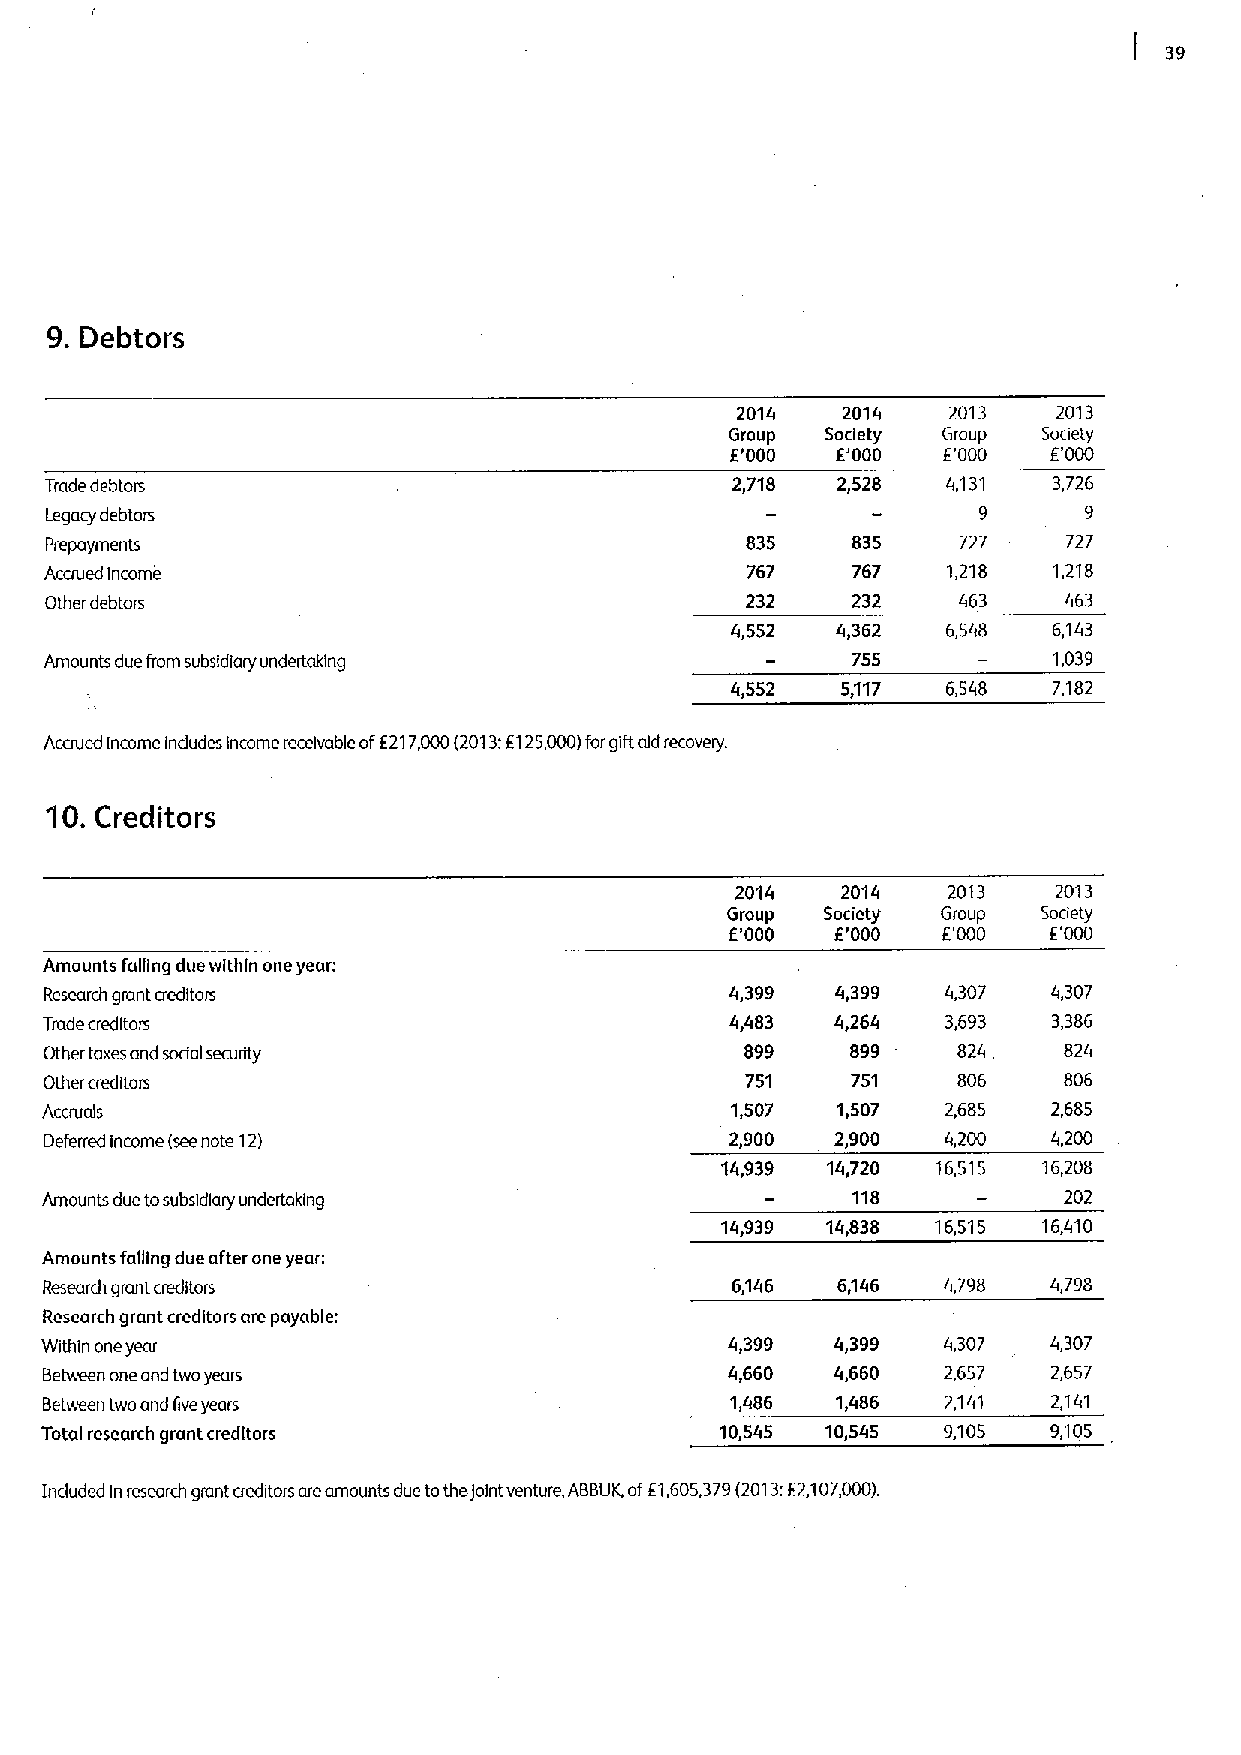
39
 9.Debtors
 2014   2014   2013   2013
 Group  Society Group Society
 E'000  E'000  E'000   E'000
 Trade debtors                                2,718  2,528   4,131  3,726
 Legacy debtors                                                9      9
 Prepayments                                   835    835     727    727
 Accrued Income                                767    767    1,218  1,218
 Other debtors                                 232    232    463     463
 4,552  4,362   6,548  6,143
 Amounts due from subsidiary undertaking              755           1,039
 4,552   5,117  6,548  7,182
 Accrued Income indudes income receivable of6217,000(2013:E125,000)forgiftaid recovery.
 'i 0.Creditors
 2014   2014   2013   2013
 Group  Society Group Society
 '000  E'000  E'000  E'000
 E.
 Amounts falling due within one year:
 Research grant creditors                     4,399  4,399   4,307  4,307
 Trade creditors                              4,483  4,264   3,693  3,386
 Other taxes and social security               899    899    824    824
 Other creditors                               751    751    806    806
 Accruals                                     1,507  1,507   2,685  2,685
 Deferred income (seenote 12)                 2,900  2,900   4,200  4,200
 14,939 1rl,720 16,515 16,208
 Amounts due tosubsidiary undertoking                 118           202
 14,939 14,838 16,515 16,410
 Amounts falgng due after one year:
 Research grant creditors                     6,146  6,146  4,798   4,798
 Research grant creditors are payable:
 Wrthln oneyear                               4,399  4,399  4,307   4,307
 Between one and two years                    4,660  4,660  2,657   2,657
 Behveen two and Eveyears                     1,486  1,486   2,141  2,141
 Total research grant creditors               10,545 10,545 9,105   9,105
 Included In research grant aeditors areamounts due tothe)oint venture, AB8 UK,ofE1,605379(2013:E2107000).